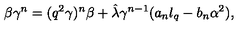
\beta \gamma ^ { n } = ( q ^ { 2 } \gamma ) ^ { n } \beta + \hat { \lambda } \gamma ^ { n - 1 } ( a _ { n } l _ { q } - b _ { n } \alpha ^ { 2 } ) ,